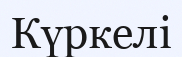
Күркелі